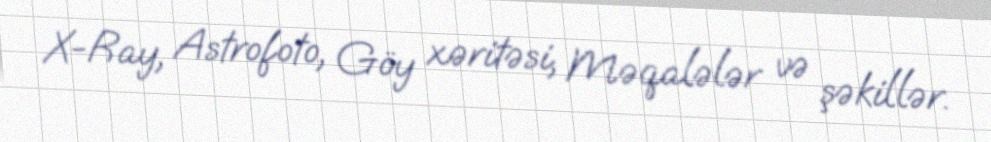
X-Ray, Astrofoto, Göy xəritəsi, Məqalələr və şəkillər.